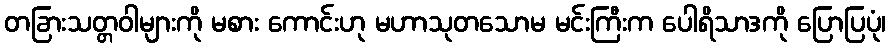
တခြားသတ္တဝါများကို မစား ကောင်းဟု မဟာသုတသောမ မင်းကြီးက ပေါရိသာဒကို ပြောပြပုံ၊